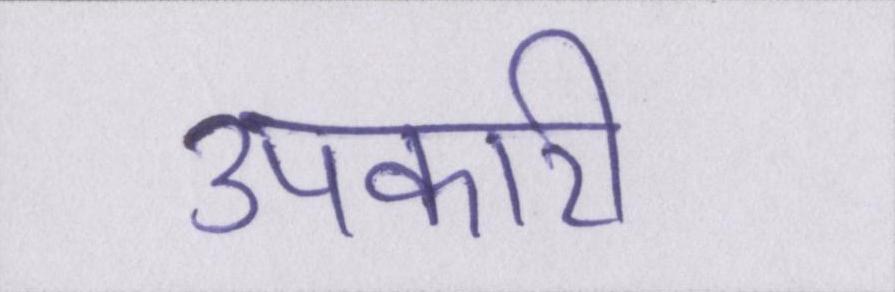
उपकारी